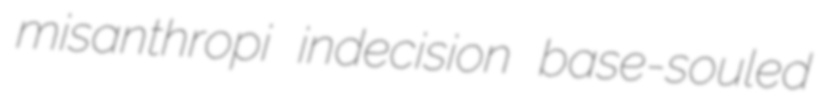
misanthropi indecision base-souled